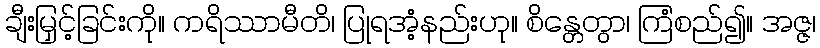
ချီးမြှင့်ခြင်းကို။ ကရိဿာမီတိ၊ ပြုရအံ့နည်းဟု။ စိန္တေတွာ၊ ကြံစည်၍။ အဇ္ဇ၊